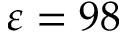
\varepsilon = 9 8